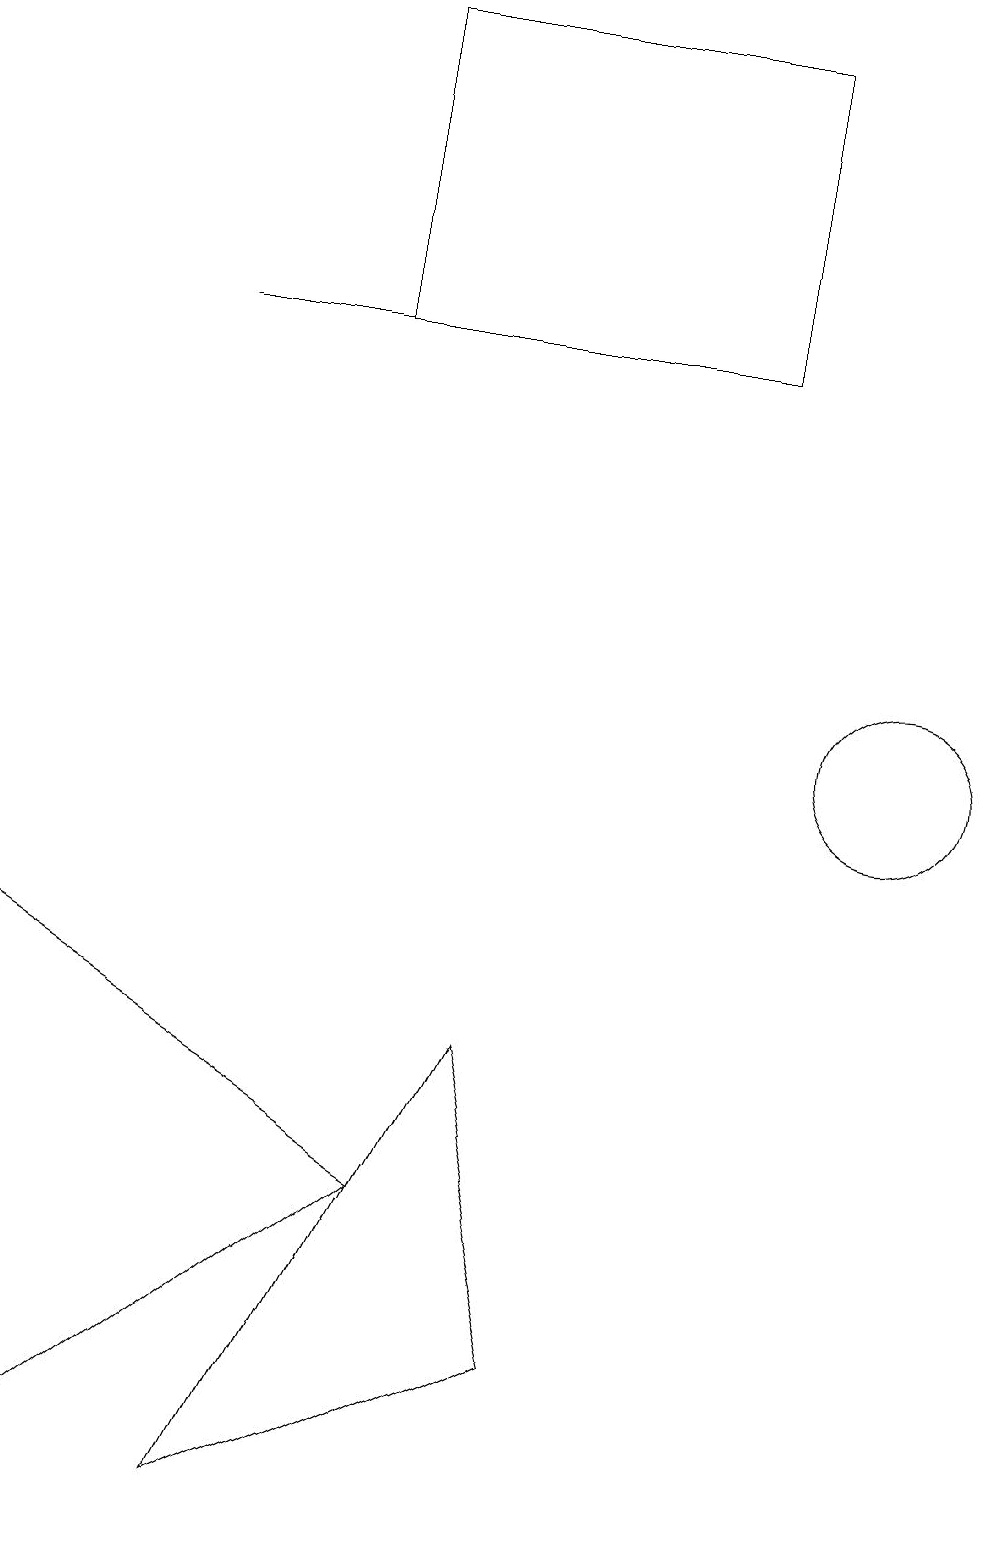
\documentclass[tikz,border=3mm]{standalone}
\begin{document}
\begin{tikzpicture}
\draw (3,0) -- (6,6) -- (7,2) -- cycle;
\draw (0,0) -- (5,4) -- (0,7) -- cycle;
\draw (9,15) rectangle (4,19);
\draw (8,15) rectangle (2,15);
\draw (11,10) circle (1);
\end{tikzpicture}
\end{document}